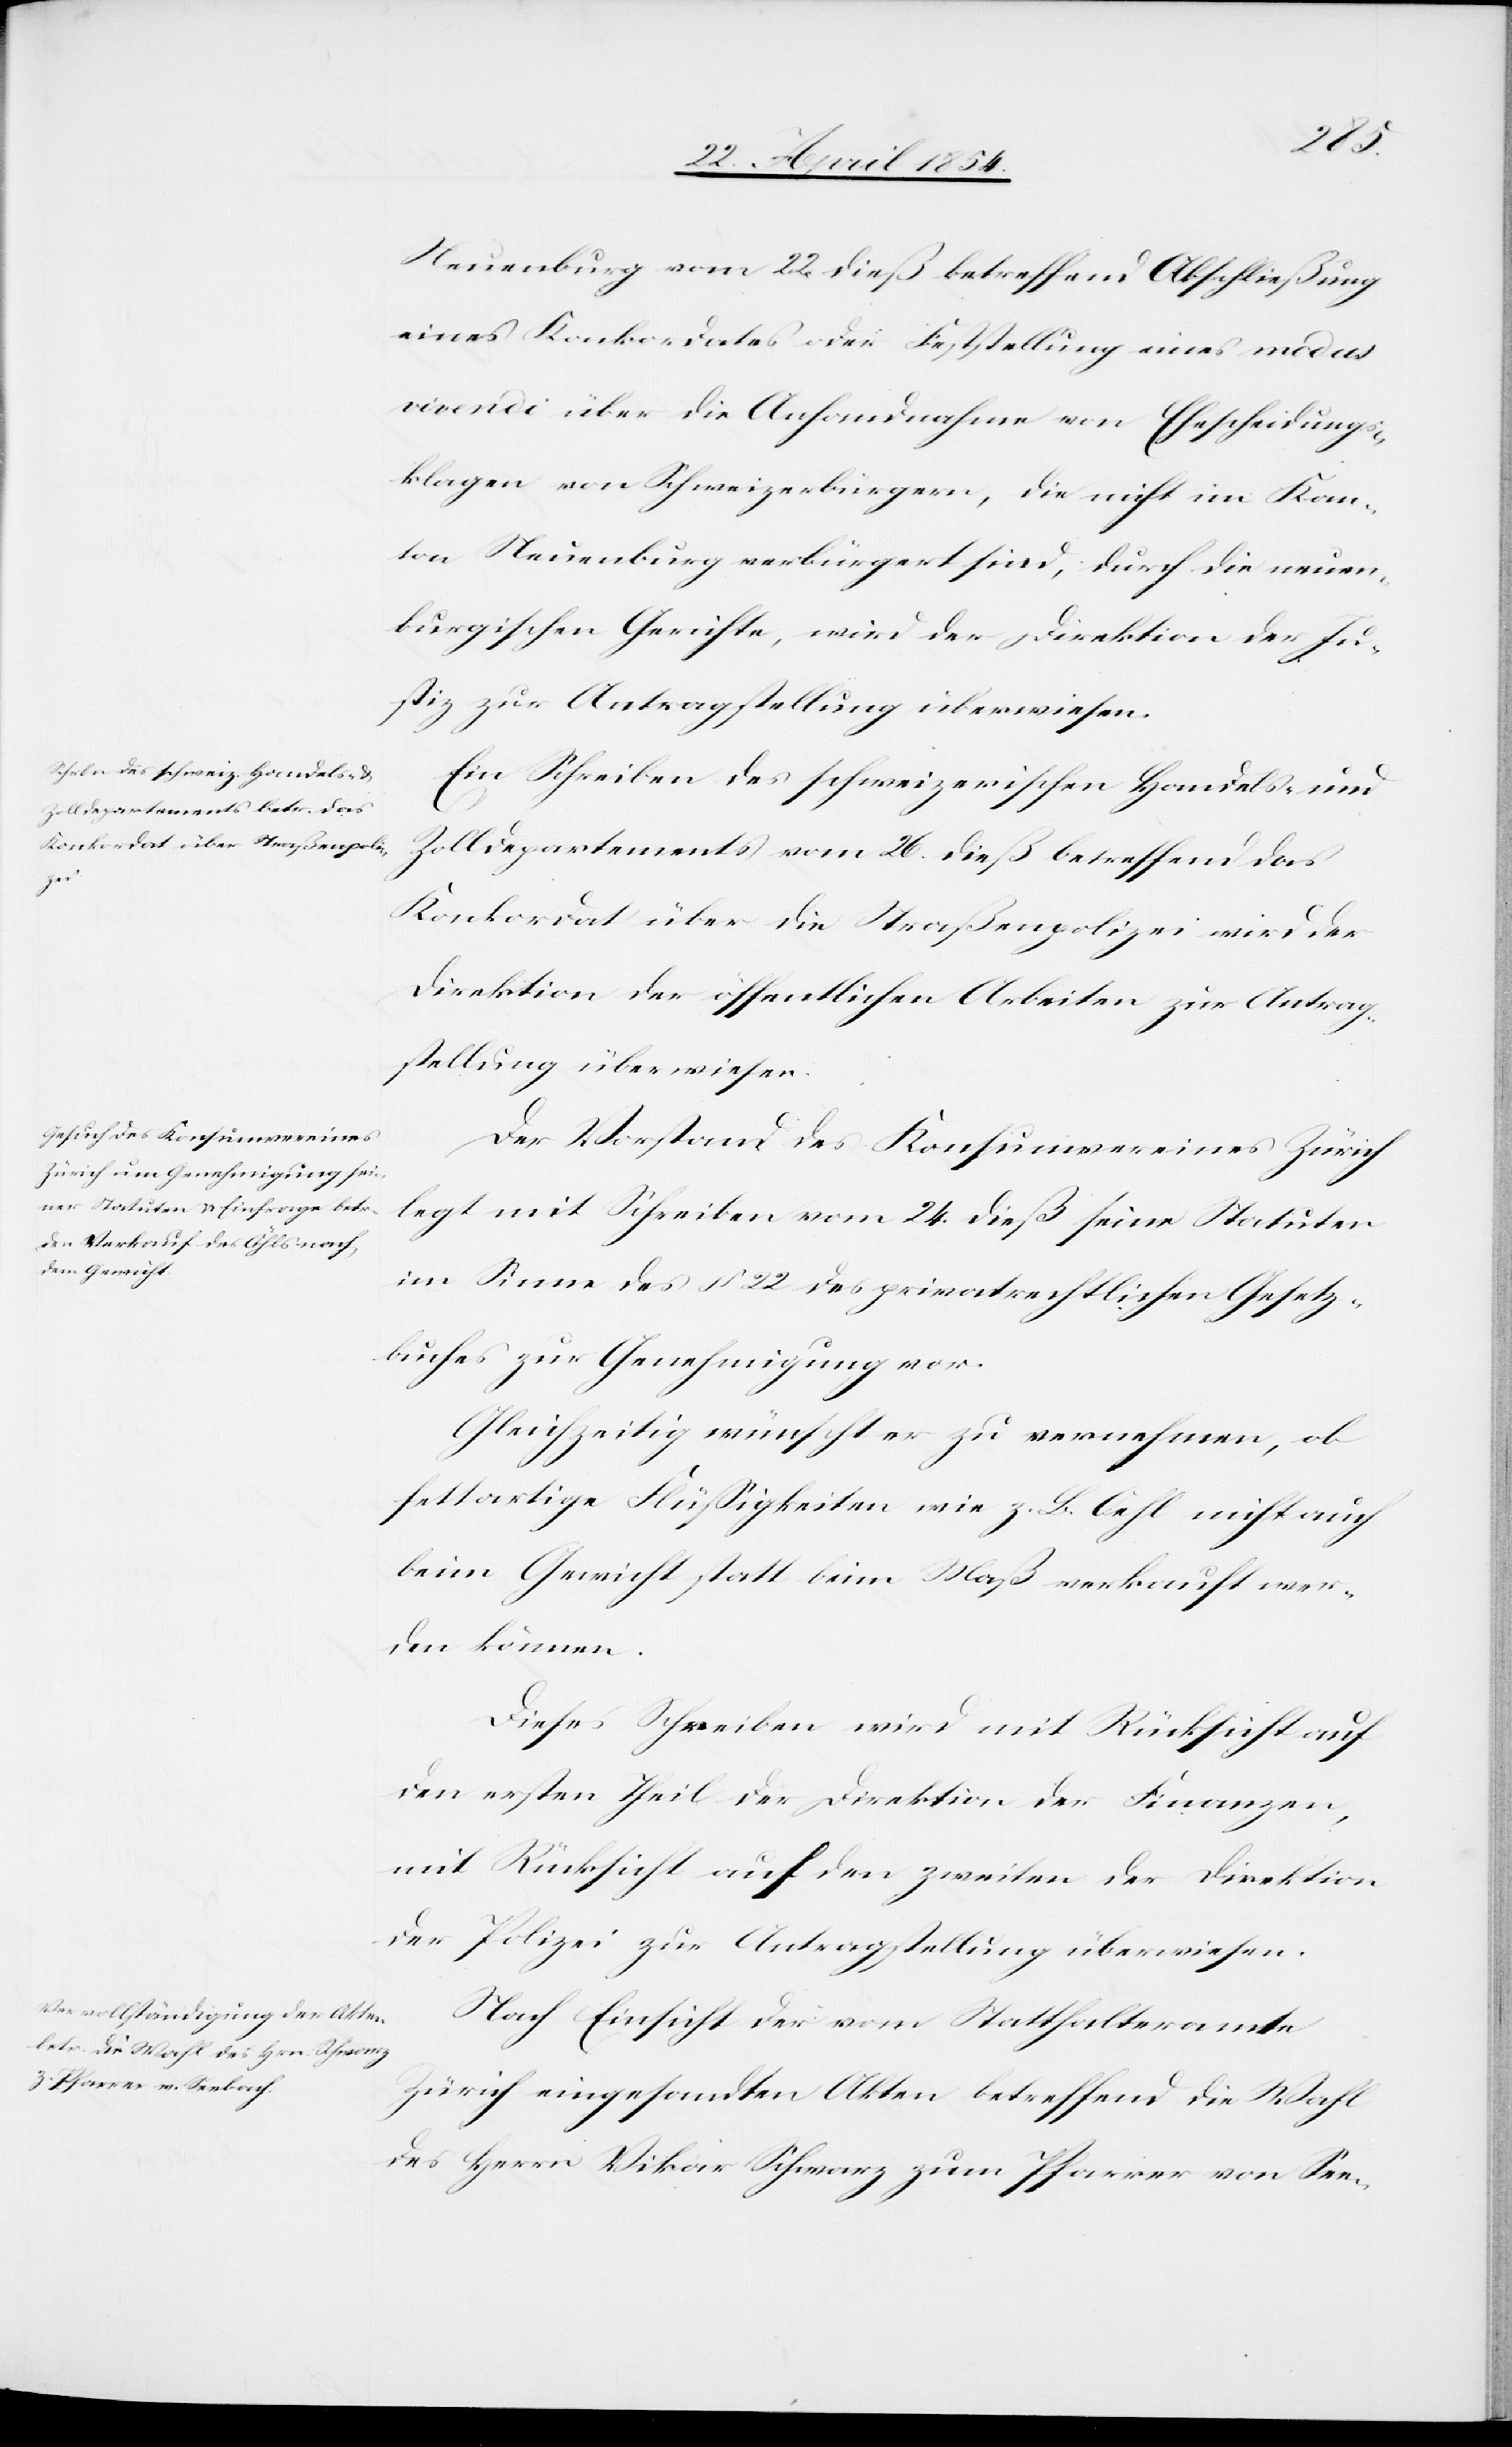
1854.]
Neuenburg vom 22. dieß betreffend Abschließung
eines Konkordates oder Feststellung eines modus
vivendi über die Anhandnahme von Ehescheidungs¬
klagen von Schweizerbürgern, die nicht im Kan¬
ton Neuenburg verbürgert sind, durch die neuen¬
burgischen Gerichte, wird der Direktion der Ju¬
stiz zur Antragstellung überwiesen.
Ein Schreiben des schweizerischen Handels- und
Zolldepartements vom 26. dieß betreffend das
Konkordat über die Straßenpolizei wird der
Direktion der öffentlichen Arbeiten zur Antrag¬
stellung überwiesen.
Der Vorstand des Konsumvereines Zürich
legt mit Schreiben vom 24. dieß seine Statuten
im Sinne des § 22 des privatrechtlichen Gesetz¬
buches zur Genehmigung vor.
Gleichzeitig wünscht er zu vernehmen, ob
fettartige Flüßigkeiten wie z. B. Oehl nicht auch
beim Gewicht statt beim Maß verkauft wer¬
den können.
Dieses Schreiben wird mit Rücksicht auf
den ersten Theil der Direktion der Finanzen,
mit Rücksicht auf den zweiten der Direktion
der Polizei zur Antragstellung überwiesen.
Nach Einsicht der vom Statthalteramte
Zürich eingesandten Akten betreffend die Wahl
des Herrn Vikar Schwarz zum Pfarrer von See-